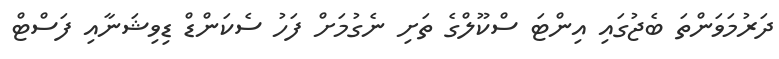
ދަރުމަވަންތަ ބެޖުގައި އިންޓަ ސްކޫލްގެ ތަށި ނެގުމަށް ފަހު ސެކަންޑް ޑިވިޝަނާއި ފަސްޓް